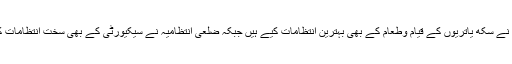
حکومت نے سکھ یاتریوں کے قیام وطعام کے بھی بہترین انتظامات کیے ہیں جبکہ ضلعی انتظامیہ نے سیکیورٹی کے بھی سخت انتظامات کیے ہیں۔